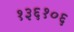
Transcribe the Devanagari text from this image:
१३६१०६